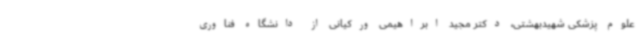
علوم پزشکی شهیدبهشتی، دکتر مجید ابراهیمی ورکیانی از دانشگاه فناوری